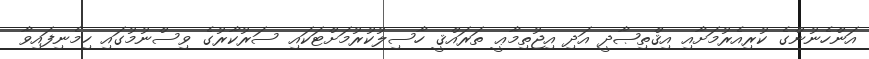
އަންހެނުންގެ ކުރިއެރުމަށާއި އިޤްތިޞާދީ އަދި އިޖުތިމާޢީ ތަރައްޤީ ހާސިލުކުރުމަށްޓަކައި ސަރުކާރުގެ ވިސްނުމުގައި ހިމެނިފައިވާ